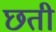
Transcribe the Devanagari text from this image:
छती